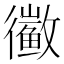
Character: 𱈑